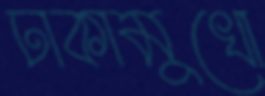
ঢাকামুখো